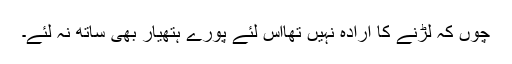
چوں کہ لڑنے کا ارادہ نہیں تھااس لئے پورے ہتھیار بھی ساتھ نہ لئے۔